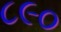
૮૯૦